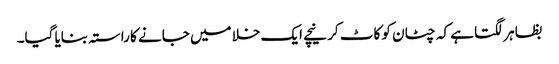
بظاہر لگتا ہے کہ چٹان کو کاٹ کر نیچے ایک خلا میں جانے کا راستہ بنایا گیا۔